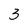
Character: 3